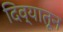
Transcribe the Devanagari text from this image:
दिव्यातून